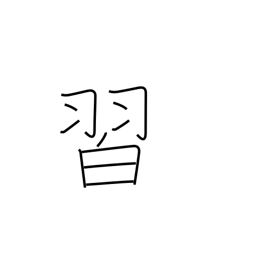
Meaning: learn